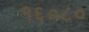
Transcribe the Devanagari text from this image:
१६०८०